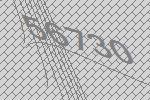
56730